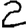
Digit: 2